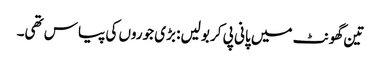
تین گھونٹ میں پانی پی کر بولیں: بڑی جوروں کی پیاس تھی۔